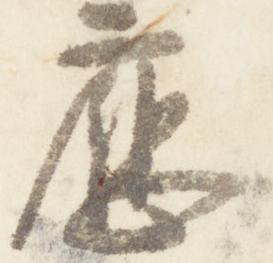
応